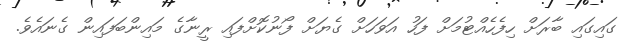
ގައިގައި ބާރަށް ހިފެހެއްޓުމަށް ފަހު އަވަހަށް ގެޔަށް ފޯނުކޮށްފައި ރީނާގެ މައިންބަފައިން ގެނައެވެ.